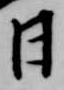
日